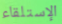
الإستلقاء